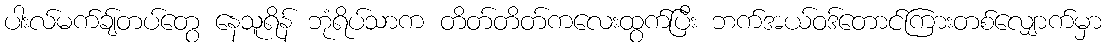
ပါးလ်မက်ချ်တပ်တွေ နေသူရိန် ဘုံရိပ်သာက တိတ်တိတ်ကလေးထွက်ပြီး ဘက်အယ်ဝဒ်တောင်ကြားတစ်လျှောက်မှာ